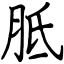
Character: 胝